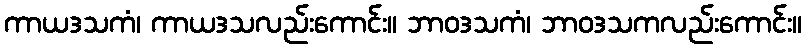
ကာယဒသကံ၊ ကာယဒသလည်းကောင်း။ ဘာဝဒသကံ၊ ဘာဝဒသကလည်းကောင်း။